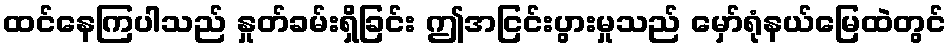
ထင်နေကြပါသည် နှုတ်ခမ်းရှိခြင်း ဤအငြင်းပွားမှုသည် မှော်ရုံနယ်မြေထဲတွင်